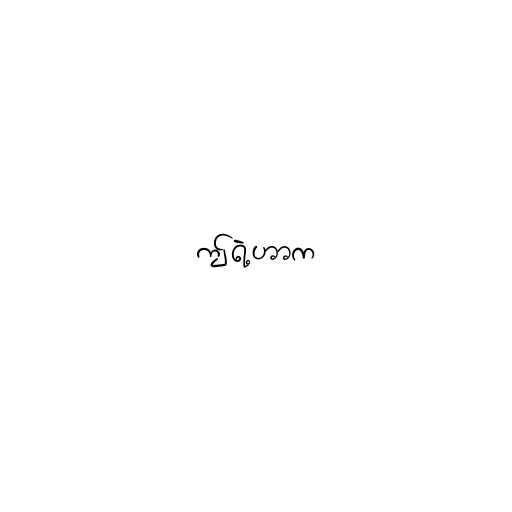
ဤရဲ့ဟာက